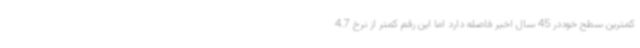
کمترین سطح خوددر 45 سال اخیر فاصله دارد اما این رقم کمتر از نرخ 4.7